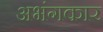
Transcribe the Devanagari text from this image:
अभंगकार